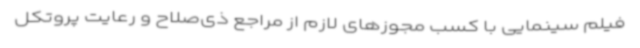
فیلم سینمایی با کسب مجوزهای لازم از مراجع ذی‌صلاح و رعایت پروتکل‌